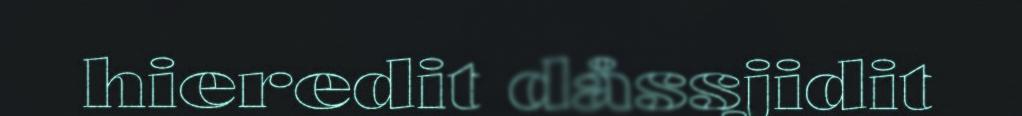
hieredit dåssjidit